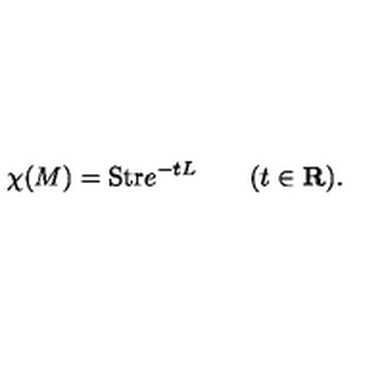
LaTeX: \chi ( M ) = \mathrm { S t r } e ^ { - t L } \qquad ( t \in { \bf R } ) .